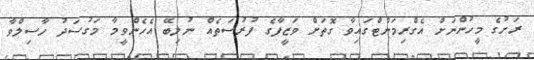
ރަށުގެ މީހުންނަށް އެގްރިމަންޓްގައިވާ ގޮތަށް ވަޒީފާގެ ފުރުސަތެއް ނުލިބޭ އެހެންވީމާ މަގުސަދު ހާސިލްވާ